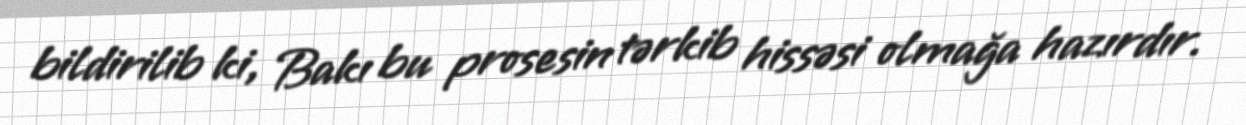
bildirilib ki, Bakı bu prosesin tərkib hissəsi olmağa hazırdır.